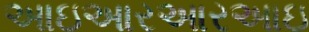
આઇઆરઆરઆઇ